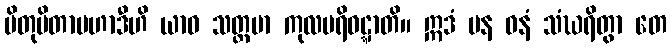
ပိတုပိတာမဟာဒီဟိ ယာဝ သတ္တမာ ကုလပရိဝဋ္ဋာတိ။ ဣဒံ ပန ဓနံ သံဃရိတွာ တေ